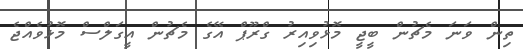
ތިން ވަނަ މެޗުން ބީޖީ މޮޅުވިއިރު ގްރޫޕް އޭގެ މެޗުން އީގަލްސް މޮޅުވެއްޖެ